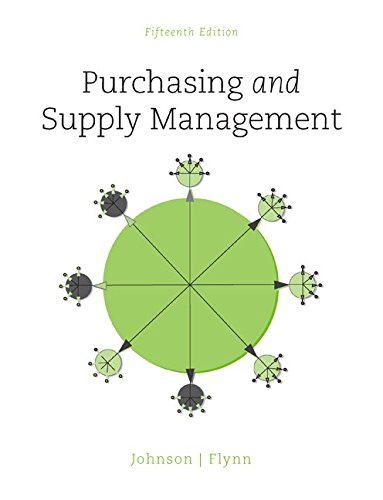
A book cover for Purchasing and Supply Management (The Mcgraw-Hill Series in Operations and Decision Sciences); P. Fraser Johnson; Business & Money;